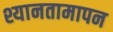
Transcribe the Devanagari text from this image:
श्यानतामापन